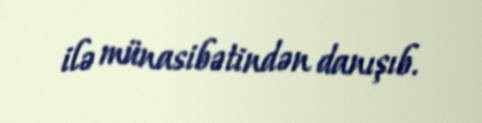
ilə münasibətindən danışıb.